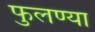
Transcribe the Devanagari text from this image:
फुलण्या